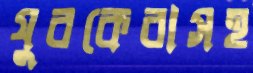
যুবকেরাসহ